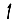
Digit: 1